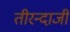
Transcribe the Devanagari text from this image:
तीरन्दाजी